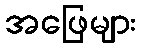
အဖြေများ